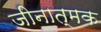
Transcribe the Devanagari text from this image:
जीनात्मक